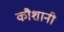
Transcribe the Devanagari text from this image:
कौशानी